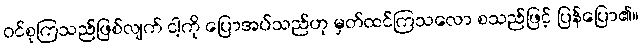
ဝင်စုကြသည်ဖြစ်လျက် ငါ့ကို ပြောအပ်သည်ဟု မှတ်ထင်ကြသလော စသည်ဖြင့် ပြန်ပြော၏။